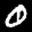
Label: 0